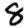
Digit: 8